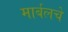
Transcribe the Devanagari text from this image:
मार्बलचे